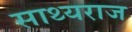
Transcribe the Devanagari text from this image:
साथ्यराज